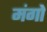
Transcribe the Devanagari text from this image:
मंगो